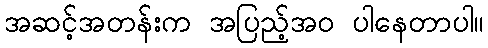
အဆင့်အတန်းက အပြည့်အ၀ ပါနေတာပါ။